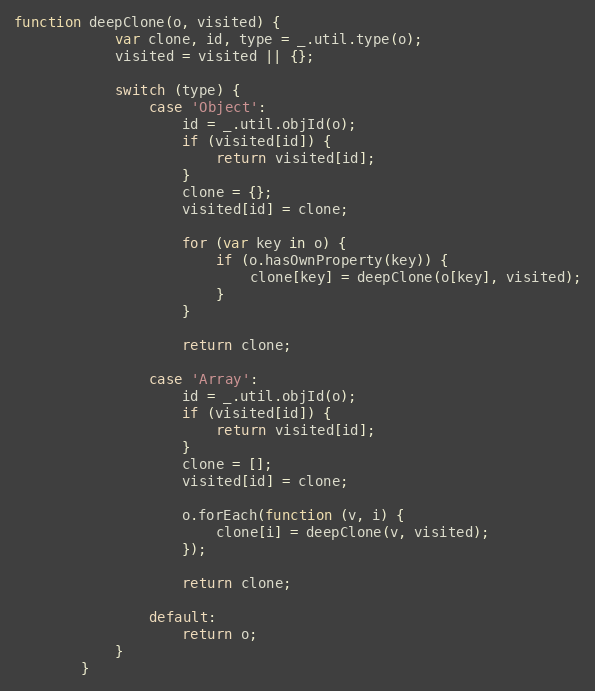
Language: JavaScript
function deepClone(o, visited) {
			var clone, id, type = _.util.type(o);
			visited = visited || {};

			switch (type) {
				case 'Object':
					id = _.util.objId(o);
					if (visited[id]) {
						return visited[id];
					}
					clone = {};
					visited[id] = clone;

					for (var key in o) {
						if (o.hasOwnProperty(key)) {
							clone[key] = deepClone(o[key], visited);
						}
					}

					return clone;

				case 'Array':
					id = _.util.objId(o);
					if (visited[id]) {
						return visited[id];
					}
					clone = [];
					visited[id] = clone;

					o.forEach(function (v, i) {
						clone[i] = deepClone(v, visited);
					});

					return clone;

				default:
					return o;
			}
		}